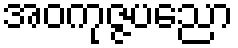
အဝကုဇ္ဇပညော